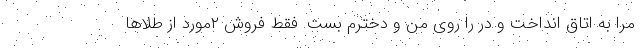
مرا به اتاق انداخت و در را روی من و دخترم بست. فقط فروش ۲مورد از طلاها